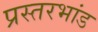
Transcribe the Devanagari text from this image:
प्रस्तरभांड